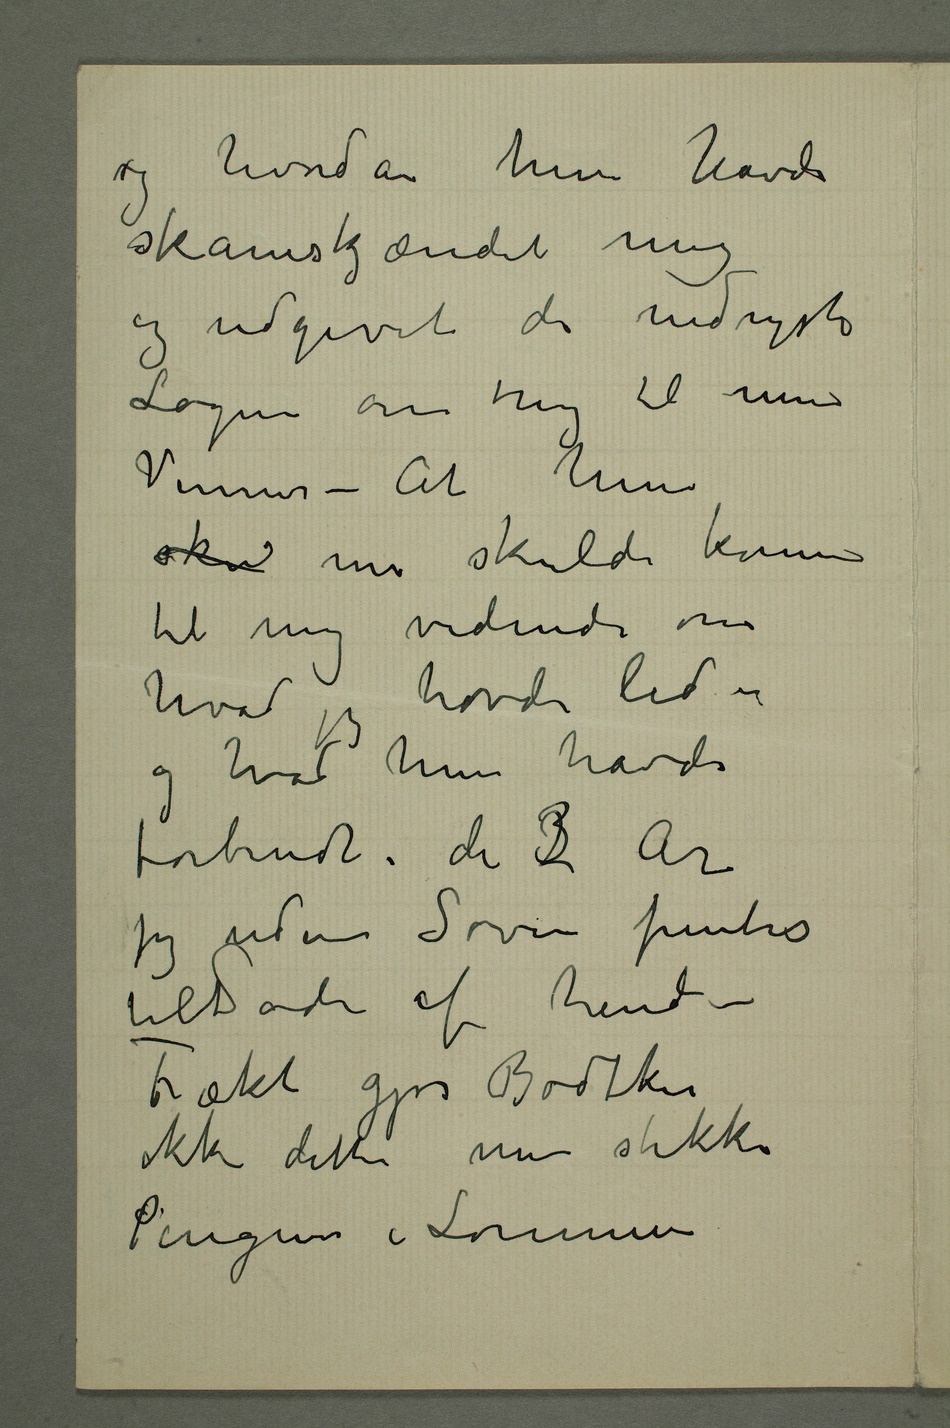
hvordan hun havde
skamskjændet mig
og udgivet de nedrigste
Løgne om mig til mine
Venner – At hun
sku nu skulde komme
til mig vidnede om
hvad jeg havde lid –
og hvad hun havde
forbrudt i de 23 År
jeg uden Søvn pintes
til døde af hende
– Frækt gjør Bødtker
ikke dette men stikker
Pengene i Lommen